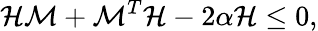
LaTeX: \mathcal{H}\mathcal{M}+\mathcal{M}^{T}\mathcal{H}-2\alpha\mathcal{H}\leq 0,